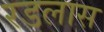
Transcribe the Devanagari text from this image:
रडलास